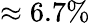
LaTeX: \approx 6.7\%